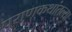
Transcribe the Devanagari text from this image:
पुराणकथांतल्या